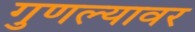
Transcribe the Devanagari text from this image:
गुणल्यावर